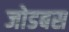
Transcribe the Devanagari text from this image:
जोडबस